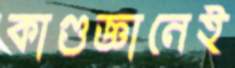
কাণ্ডজ্ঞানেই